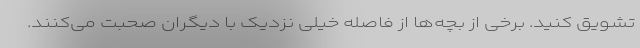
تشویق کنید. برخی از بچه‌ها از فاصله خیلی نزدیک با دیگران صحبت می‌کنند.